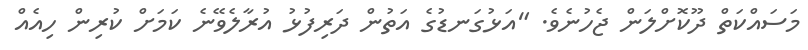
މަސައްކަތް ދޫކޮށްލަން ޖެހުނެވެ. "އަޅުގަނޑުގެ އަތުން ދަރިފުޅު އުރާލެވޭނެ ކަމަށް ކުރިން ހިއެއް